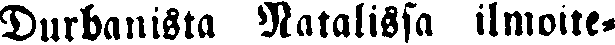
Durbanista Natalissa ilmoite-